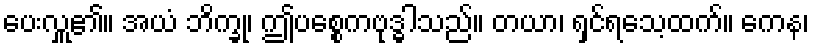
ပေးလှူ၏။ အယံ ဘိက္ခု၊ ဤပစ္စေကဗုဒ္ဓါသည်။ တယာ၊ ရှင်ရသေ့ထက်။ ကေန၊